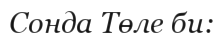
Сонда Төле би: